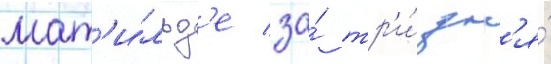
мат'и́льд'е за́ тр'и́ дн'я́